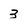
Character: 3